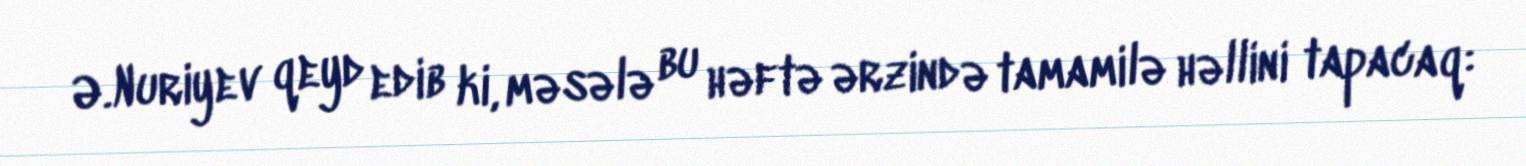
Ə.Nuriyev qeyd edib ki, məsələ bu həftə ərzində tamamilə həllini tapacaq: